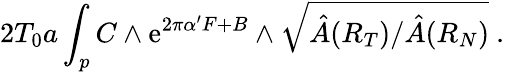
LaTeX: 2T_{0}a\int_{p}C\wedge\mathrm{e}^{2\pi\alpha^{\prime}F+B}\wedge\sqrt{\hat{A}(R_{T})/\hat{A}(R_{N})}~.